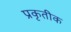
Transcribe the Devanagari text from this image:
प्रकृतीक